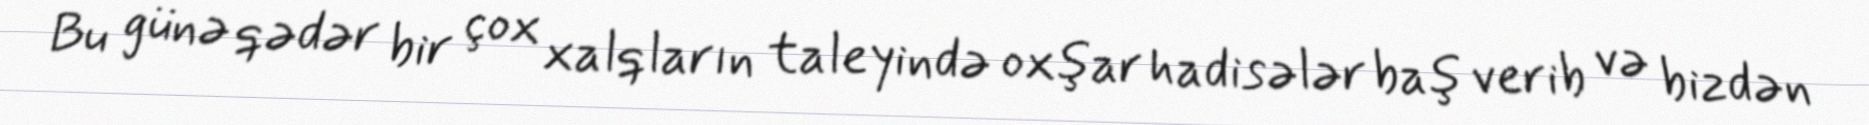
Bu günə qədər bir çox xalqların taleyində oxşar hadisələr baş verib və bizdən